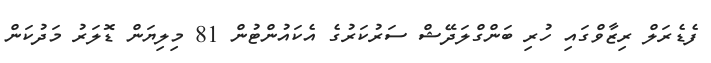
ފެޑެރަލް ރިޒާވްގައި ހުރި ބަންގްލަދޭޝް ސަރުކަރުގެ އެކައުންޓުން 81 މިލިޔަން ޑޮލަރު މަދުކަން